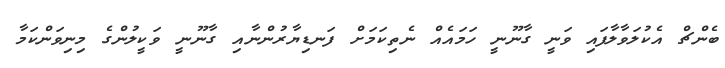
ބެންޗް އެކުލަވާލާފައި ވަނީ ގާނޫނީ ހަމައެއް ނެތިކަމަށް ފަނޑިޔާރުންނާއި ގާނޫނީ ވަކީލުންގެ މިނިވަންކަމާ